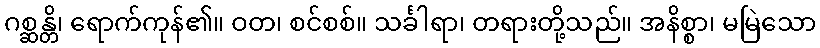
ဂစ္ဆန္တိ၊ ရောက်ကုန်၏။ ဝတ၊ စင်စစ်။ သင်္ခါရာ၊ တရားတို့သည်။ အနိစ္စာ၊ မမြဲသော